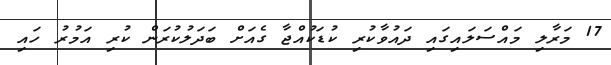
17 މަރާލި މައްސަލައިގައި ދައުވާކުރި ކުޑަކުއްޖާ ގެއަށް ބަދަލުކުރަން ކުރި އަމުރު ހައި